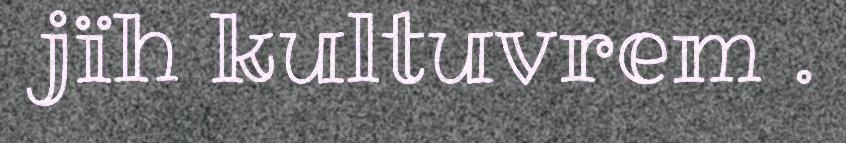
jïh kultuvrem .